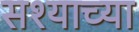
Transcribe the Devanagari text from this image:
सश्याच्या